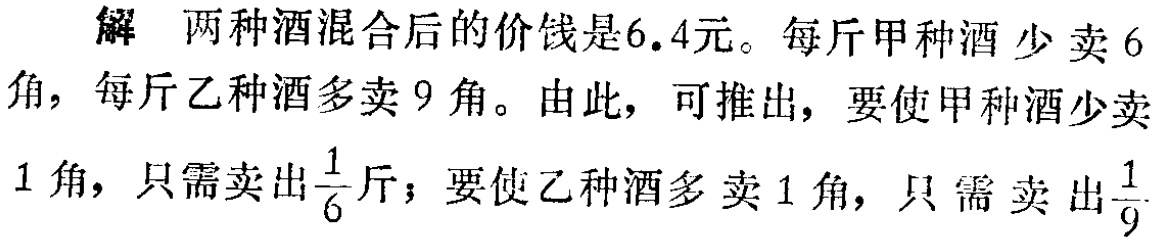
解 两种酒混合后的价钱是6.4元。每斤甲种酒少卖6角，每斤乙种酒多卖9角。由此，可推出，要使甲种酒少卖1角，只需卖出$\frac{1}{6}$斤；要使乙种酒多卖1角，只需卖出$\frac{1}{9}$